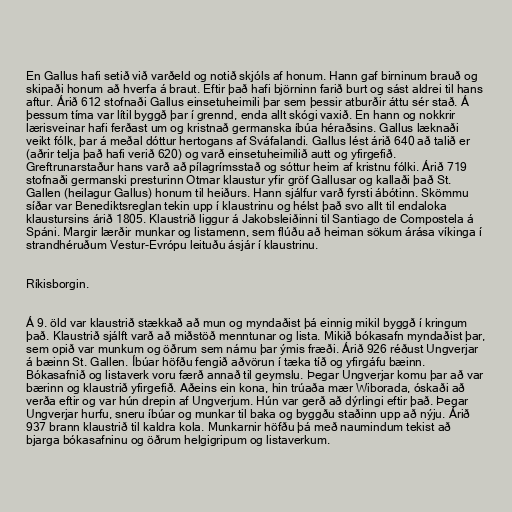
En Gallus hafi setið við varðeld og notið skjóls af honum. Hann gaf birninum brauð og
skipaði honum að hverfa á braut. Eftir það hafi björninn farið burt og sást aldrei til hans
aftur. Árið 612 stofnaði Gallus einsetuheimili þar sem þessir atburðir áttu sér stað. Á
þessum tíma var lítil byggð þar í grennd, enda allt skógi vaxið. En hann og nokkrir
lærisveinar hafi ferðast um og kristnað germanska íbúa héraðsins. Gallus læknaði
veikt fólk, þar á meðal dóttur hertogans af Sváfalandi. Gallus lést árið 640 að talið er
(aðrir telja það hafi verið 620) og varð einsetuheimilið autt og yfirgefið.
Greftrunarstaður hans varð að pílagrímsstað og sóttur heim af kristnu fólki. Árið 719
stofnaði germanski presturinn Otmar klaustur yfir gröf Gallusar og kallaði það St.
Gallen (heilagur Gallus) honum til heiðurs. Hann sjálfur varð fyrsti ábótinn. Skömmu
síðar var Benediktsreglan tekin upp í klaustrinu og hélst það svo allt til endaloka
klaustursins árið 1805. Klaustrið liggur á Jakobsleiðinni til Santiago de Compostela á
Spáni. Margir lærðir munkar og listamenn, sem flúðu að heiman sökum árása víkinga í
strandhéruðum Vestur-Evrópu leituðu ásjár í klaustrinu.

Ríkisborgin.

Á 9. öld var klaustrið stækkað að mun og myndaðist þá einnig mikil byggð í kringum
það. Klaustrið sjálft varð að miðstöð menntunar og lista. Mikið bókasafn myndaðist þar,
sem opið var munkum og öðrum sem námu þar ýmis fræði. Árið 926 réðust Ungverjar
á bæinn St. Gallen. Íbúar höfðu fengið aðvörun í tæka tíð og yfirgáfu bæinn.
Bókasafnið og listaverk voru færð annað til geymslu. Þegar Ungverjar komu þar að var
bærinn og klaustrið yfirgefið. Aðeins ein kona, hin trúaða mær Wiborada, óskaði að
verða eftir og var hún drepin af Ungverjum. Hún var gerð að dýrlingi eftir það. Þegar
Ungverjar hurfu, sneru íbúar og munkar til baka og byggðu staðinn upp að nýju. Árið
937 brann klaustrið til kaldra kola. Munkarnir höfðu þá með naumindum tekist að
bjarga bókasafninu og öðrum helgigripum og listaverkum.